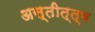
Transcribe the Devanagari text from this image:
अस्तीत्त्व